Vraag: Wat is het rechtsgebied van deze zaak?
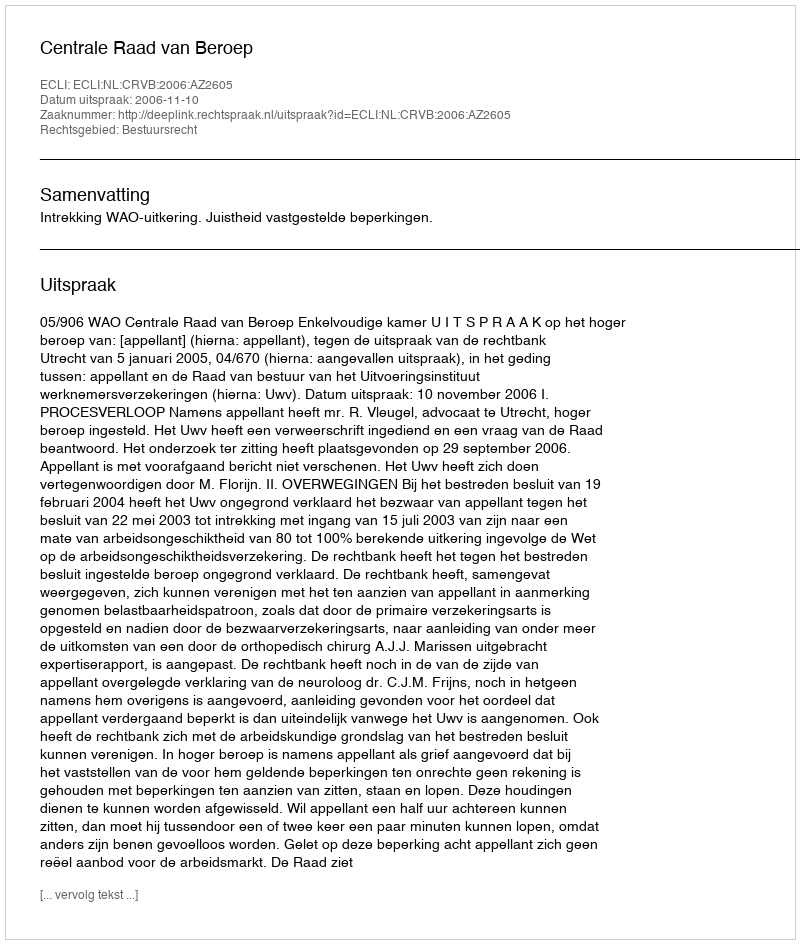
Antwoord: Bestuursrecht